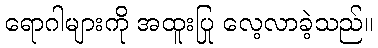
ရောဂါများကို အထူးပြု လေ့လာခဲ့သည်။